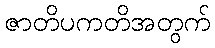
ဇာတိပကတိအတွက်